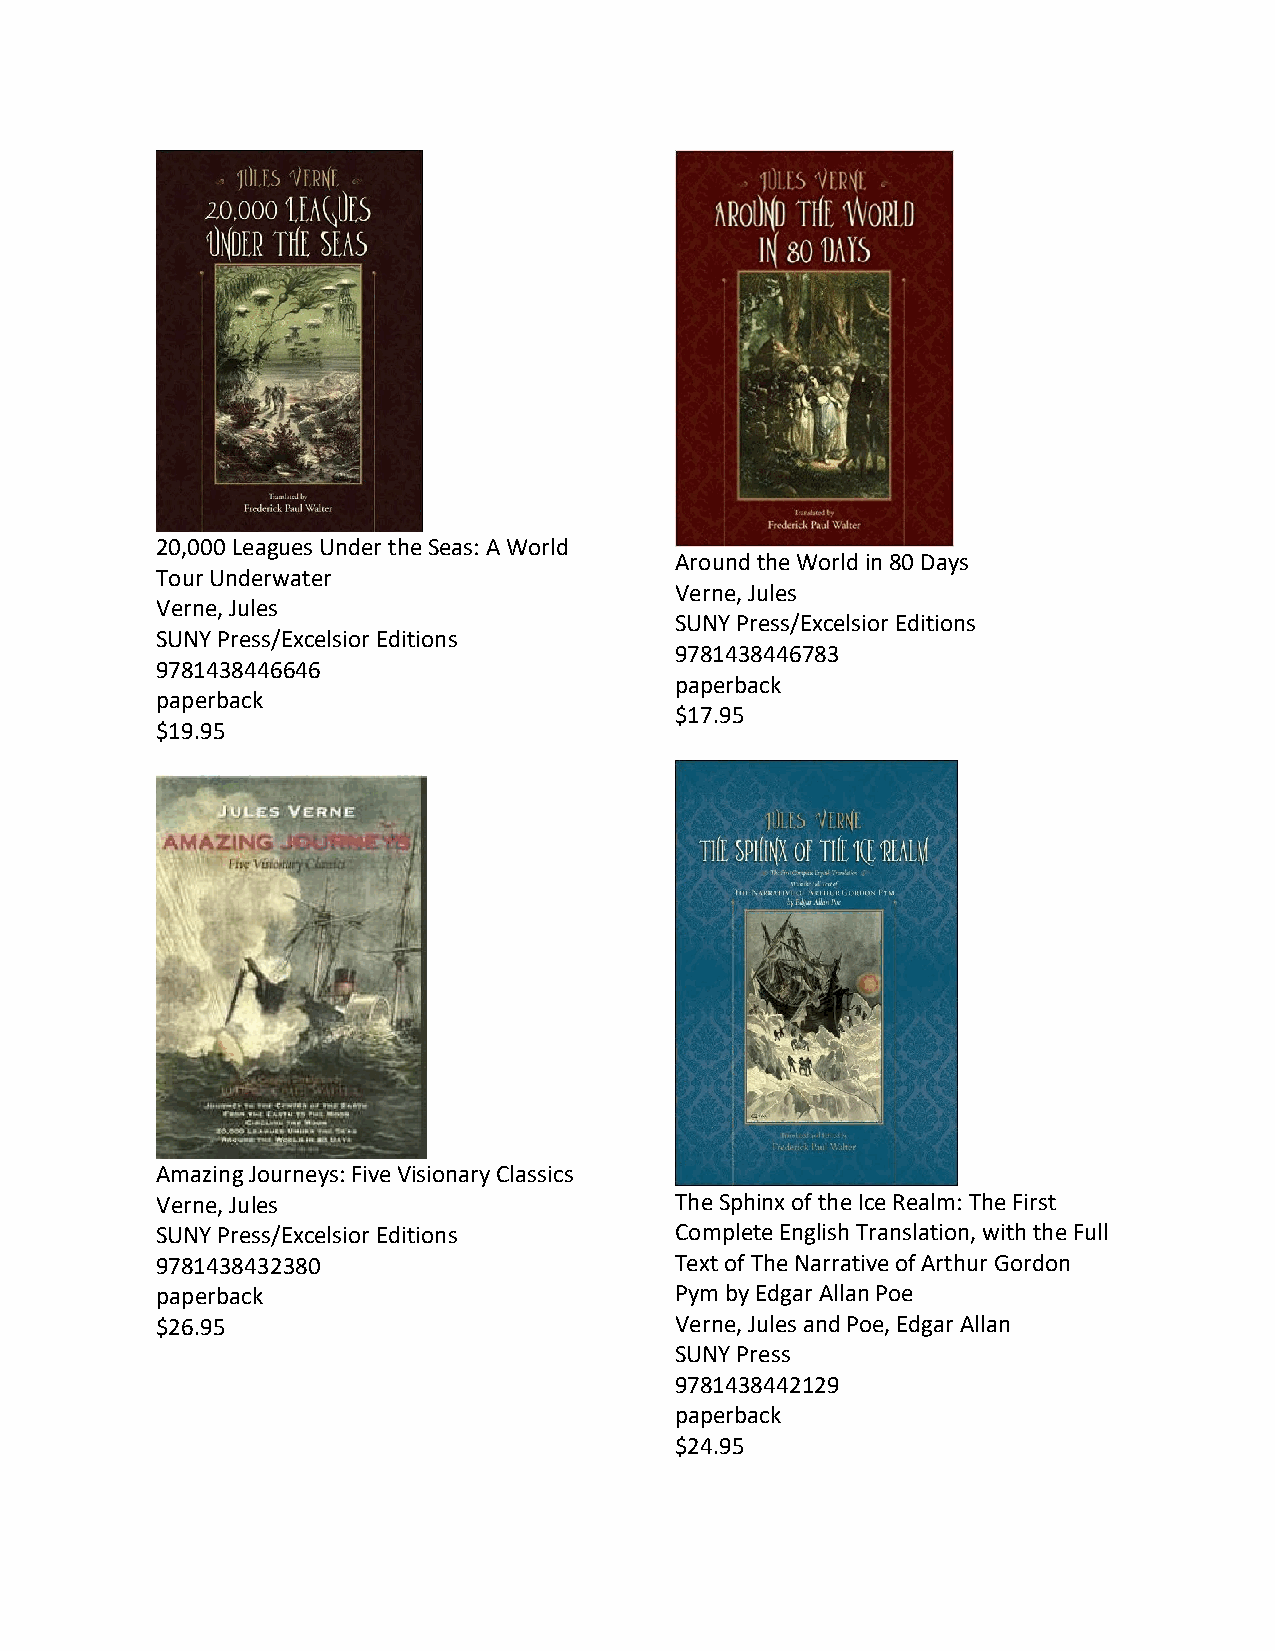
20,000 Leagues Under the Seas: A World
 Around the World in 80 Days
 Tour Underwater
 Verne, Jules
 Verne, Jules
 SUNY Press/Excelsior Editions
 SUNY Press/Excelsior Editions
 9781438446783
 9781438446646
 paperback
 paperback
 $17.95
 $19.95
 Amazing Journeys: Five Visionary Classics
 Verne, Jules                       The Sphinx of the Ice Realm: The First
 SUNY Press/Excelsior Editions      Complete English Translation, with the Full
 9781438432380                      Text of The Narrative of Arthur Gordon
 paperback                          Pym by Edgar Allan Poe
 $26.95                             Verne, Jules and Poe, Edgar Allan
 SUNY Press
 9781438442129
 paperback
 $24.95